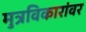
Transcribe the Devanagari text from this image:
मुत्रविकारांवर